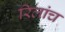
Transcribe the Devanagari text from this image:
रिलांच